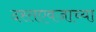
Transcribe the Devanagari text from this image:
दस्तएवजाच्या